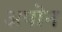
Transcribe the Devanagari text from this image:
अपॊन